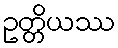
ဥတ္တိယဿ